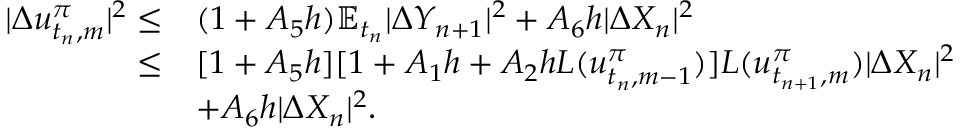
\begin{array} { r } { \begin{array} { r l } { | \Delta u _ { t _ { n } , m } ^ { \pi } | ^ { 2 } \leq } & { ( 1 + A _ { 5 } h ) \mathbb { E } _ { t _ { n } } { | \Delta Y _ { n + 1 } | ^ { 2 } } + A _ { 6 } h | \Delta X _ { n } | ^ { 2 } } \\ { \leq } & { [ 1 + A _ { 5 } h ] [ 1 + A _ { 1 } h + A _ { 2 } h L ( u _ { t _ { n } , m - 1 } ^ { \pi } ) ] L ( u _ { t _ { n + 1 } , m } ^ { \pi } ) | \Delta X _ { n } | ^ { 2 } } \\ & { + A _ { 6 } h | \Delta X _ { n } | ^ { 2 } . } \end{array} } \end{array}